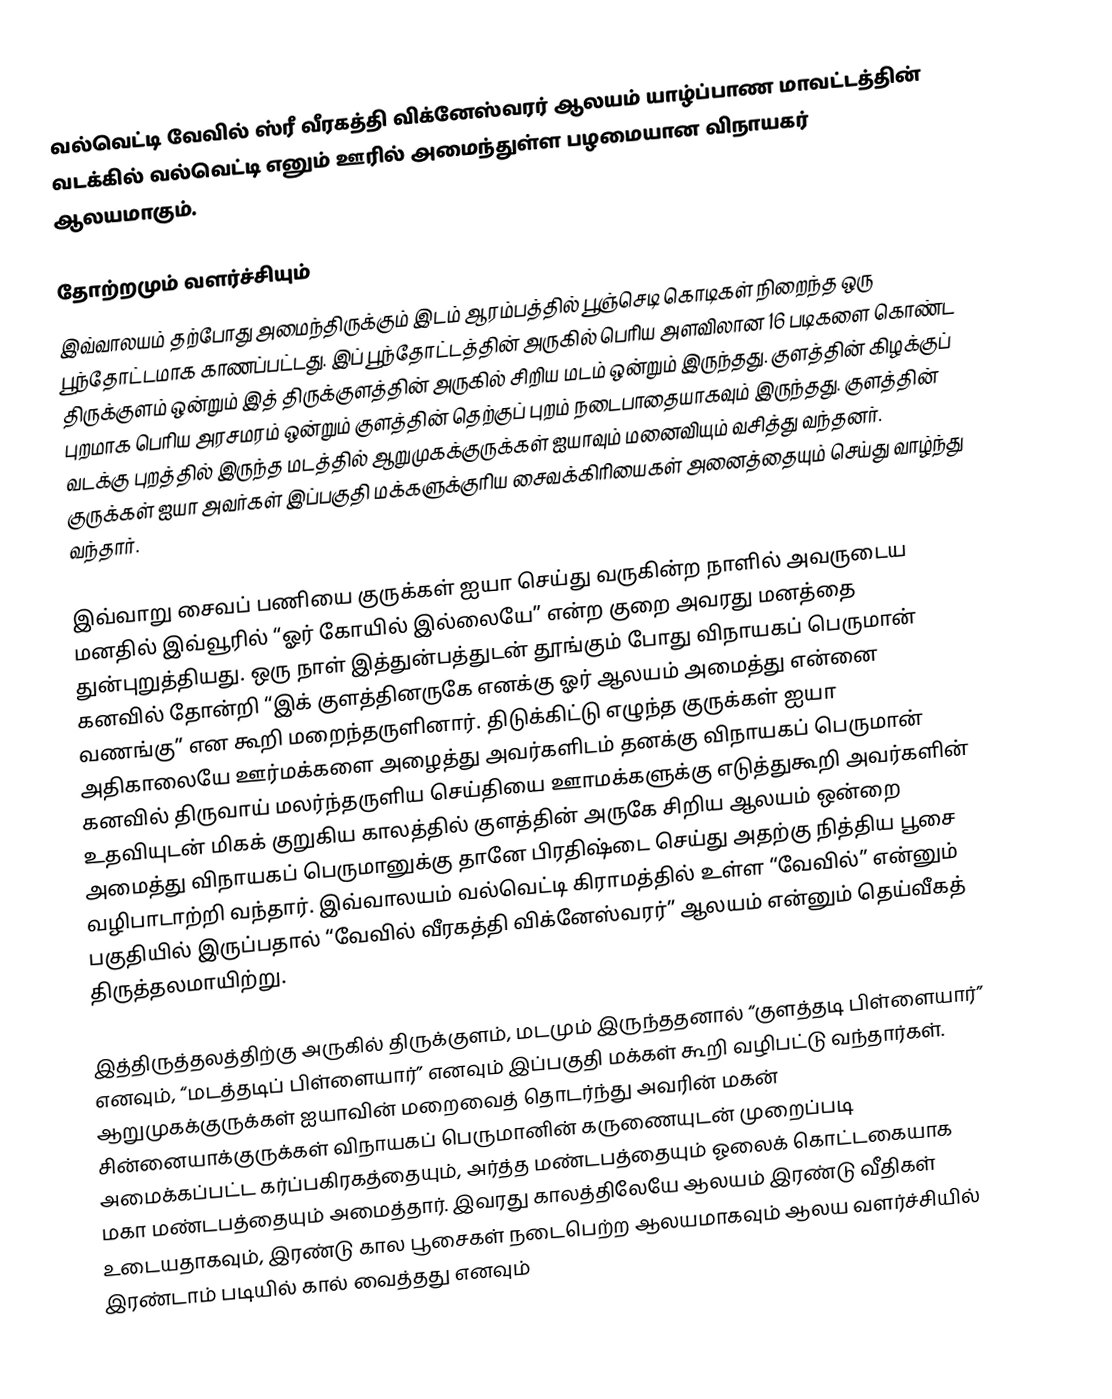
வல்வெட்டி வேவில் ஸ்ரீ வீரகத்தி விக்னேஸ்வரர் ஆலயம் யாழ்ப்பாண மாவட்டத்தின் வடக்கில் வல்வெட்டி எனும் ஊரில் அமைந்துள்ள பழமையான விநாயகர் ஆலயமாகும்.

தோற்றமும் வளர்ச்சியும்
இவ்வாலயம் தற்போது அமைந்திருக்கும் இடம் ஆரம்பத்தில் பூஞ்செடி கொடிகள் நிறைந்த ஒரு பூந்தோட்டமாக காணப்பட்டது. இப் பூந்தோட்டத்தின் அருகில் பெரிய அளவிலான 16 படிகளை கொண்ட திருக்குளம் ஒன்றும் இத் திருக்குளத்தின் அருகில் சிறிய மடம் ஒன்றும் இருந்தது. குளத்தின் கிழக்குப் புறமாக பெரிய அரசமரம் ஒன்றும் குளத்தின் தெற்குப் புறம் நடைபாதையாகவும் இருந்தது. குளத்தின் வடக்கு புறத்தில் இருந்த மடத்தில் ஆறுமுகக்குருக்கள் ஐயாவும் மனைவியும் வசித்து வந்தனர். குருக்கள் ஐயா அவர்கள் இப்பகுதி மக்களுக்குரிய சைவக்கிரியைகள் அனைத்தையும் செய்து வாழ்ந்து வந்தார்.

இவ்வாறு சைவப் பணியை குருக்கள் ஐயா செய்து வருகின்ற நாளில் அவருடைய மனதில் இவ்வூரில் “ஓர் கோயில் இல்லையே” என்ற குறை அவரது மனத்தை துன்புறுத்தியது. ஒரு நாள் இத்துன்பத்துடன் தூங்கும் போது விநாயகப் பெருமான் கனவில் தோன்றி “இக் குளத்தினருகே எனக்கு ஓர் ஆலயம் அமைத்து என்னை வணங்கு” என கூறி மறைந்தருளினார். திடுக்கிட்டு எழுந்த குருக்கள் ஐயா அதிகாலையே ஊர்மக்களை அழைத்து அவர்களிடம் தனக்கு விநாயகப் பெருமான் கனவில் திருவாய் மலர்ந்தருளிய செய்தியை ஊாமக்களுக்கு எடுத்துகூறி அவர்களின் உதவியுடன் மிகக் குறுகிய காலத்தில் குளத்தின் அருகே சிறிய ஆலயம் ஒன்றை அமைத்து விநாயகப் பெருமானுக்கு தானே பிரதிஷ்டை செய்து அதற்கு நித்திய பூசை வழிபாடாற்றி வந்தார். இவ்வாலயம் வல்வெட்டி கிராமத்தில் உள்ள “வேவில்” என்னும் பகுதியில் இருப்பதால் “வேவில் வீரகத்தி விக்னேஸ்வரர்” ஆலயம் என்னும் தெய்வீகத் திருத்தலமாயிற்று.

இத்திருத்தலத்திற்கு அருகில் திருக்குளம், மடமும் இருந்ததனால் “குளத்தடி பிள்ளையார்” எனவும், “மடத்தடிப் பிள்ளையார்” எனவும் இப்பகுதி மக்கள் கூறி வழிபட்டு வந்தார்கள். ஆறுமுகக்குருக்கள் ஐயாவின் மறைவைத் தொடர்ந்து அவரின் மகன் சின்னையாக்குருக்கள் விநாயகப் பெருமானின் கருணையுடன் முறைப்படி அமைக்கப்பட்ட கர்ப்பகிரகத்தையும், அர்த்த மண்டபத்தையும் ஓலைக் கொட்டகையாக மகா மண்டபத்தையும் அமைத்தார். இவரது காலத்திலேயே ஆலயம் இரண்டு வீதிகள் உடையதாகவும், இரண்டு கால பூசைகள் நடைபெற்ற ஆலயமாகவும் ஆலய வளர்ச்சியில் இரண்டாம் படியில் கால் வைத்தது எனவும்